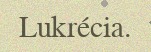
Lukrécia.